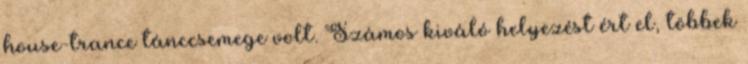
house-trance tánccsemege volt. Számos kiváló helyezést ért el, többek